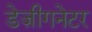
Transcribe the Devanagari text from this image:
डेज़ीगनेटर